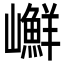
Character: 𡾮